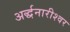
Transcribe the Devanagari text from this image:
अर्द्धनारीश्वर